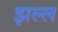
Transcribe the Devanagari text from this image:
झल्ल